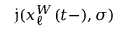
\mathfrak { j } ( x _ { \ell } ^ { W } ( t - ) , \sigma )